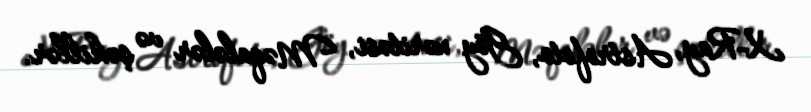
X-Ray, Astrofoto, Göy xəritəsi, Məqalələr və şəkillər.